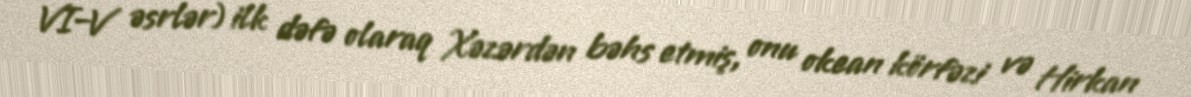
VI–V əsrlər) ilk dəfə olaraq Xəzərdən bəhs etmiş, onu okean körfəzi və Hirkan